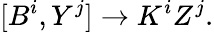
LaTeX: [B^{i},Y^{j}]\rightarrow K^{i}Z^{j}.